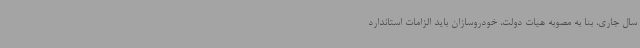
سال جاری، بنا به مصوبه هیات دولت، خودروسازان باید الزامات استاندارد